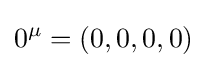
0^{\mu }=(0,0,0,0)